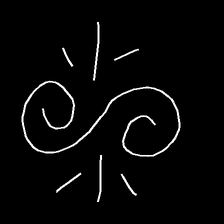
Glyph: wind-directs-air